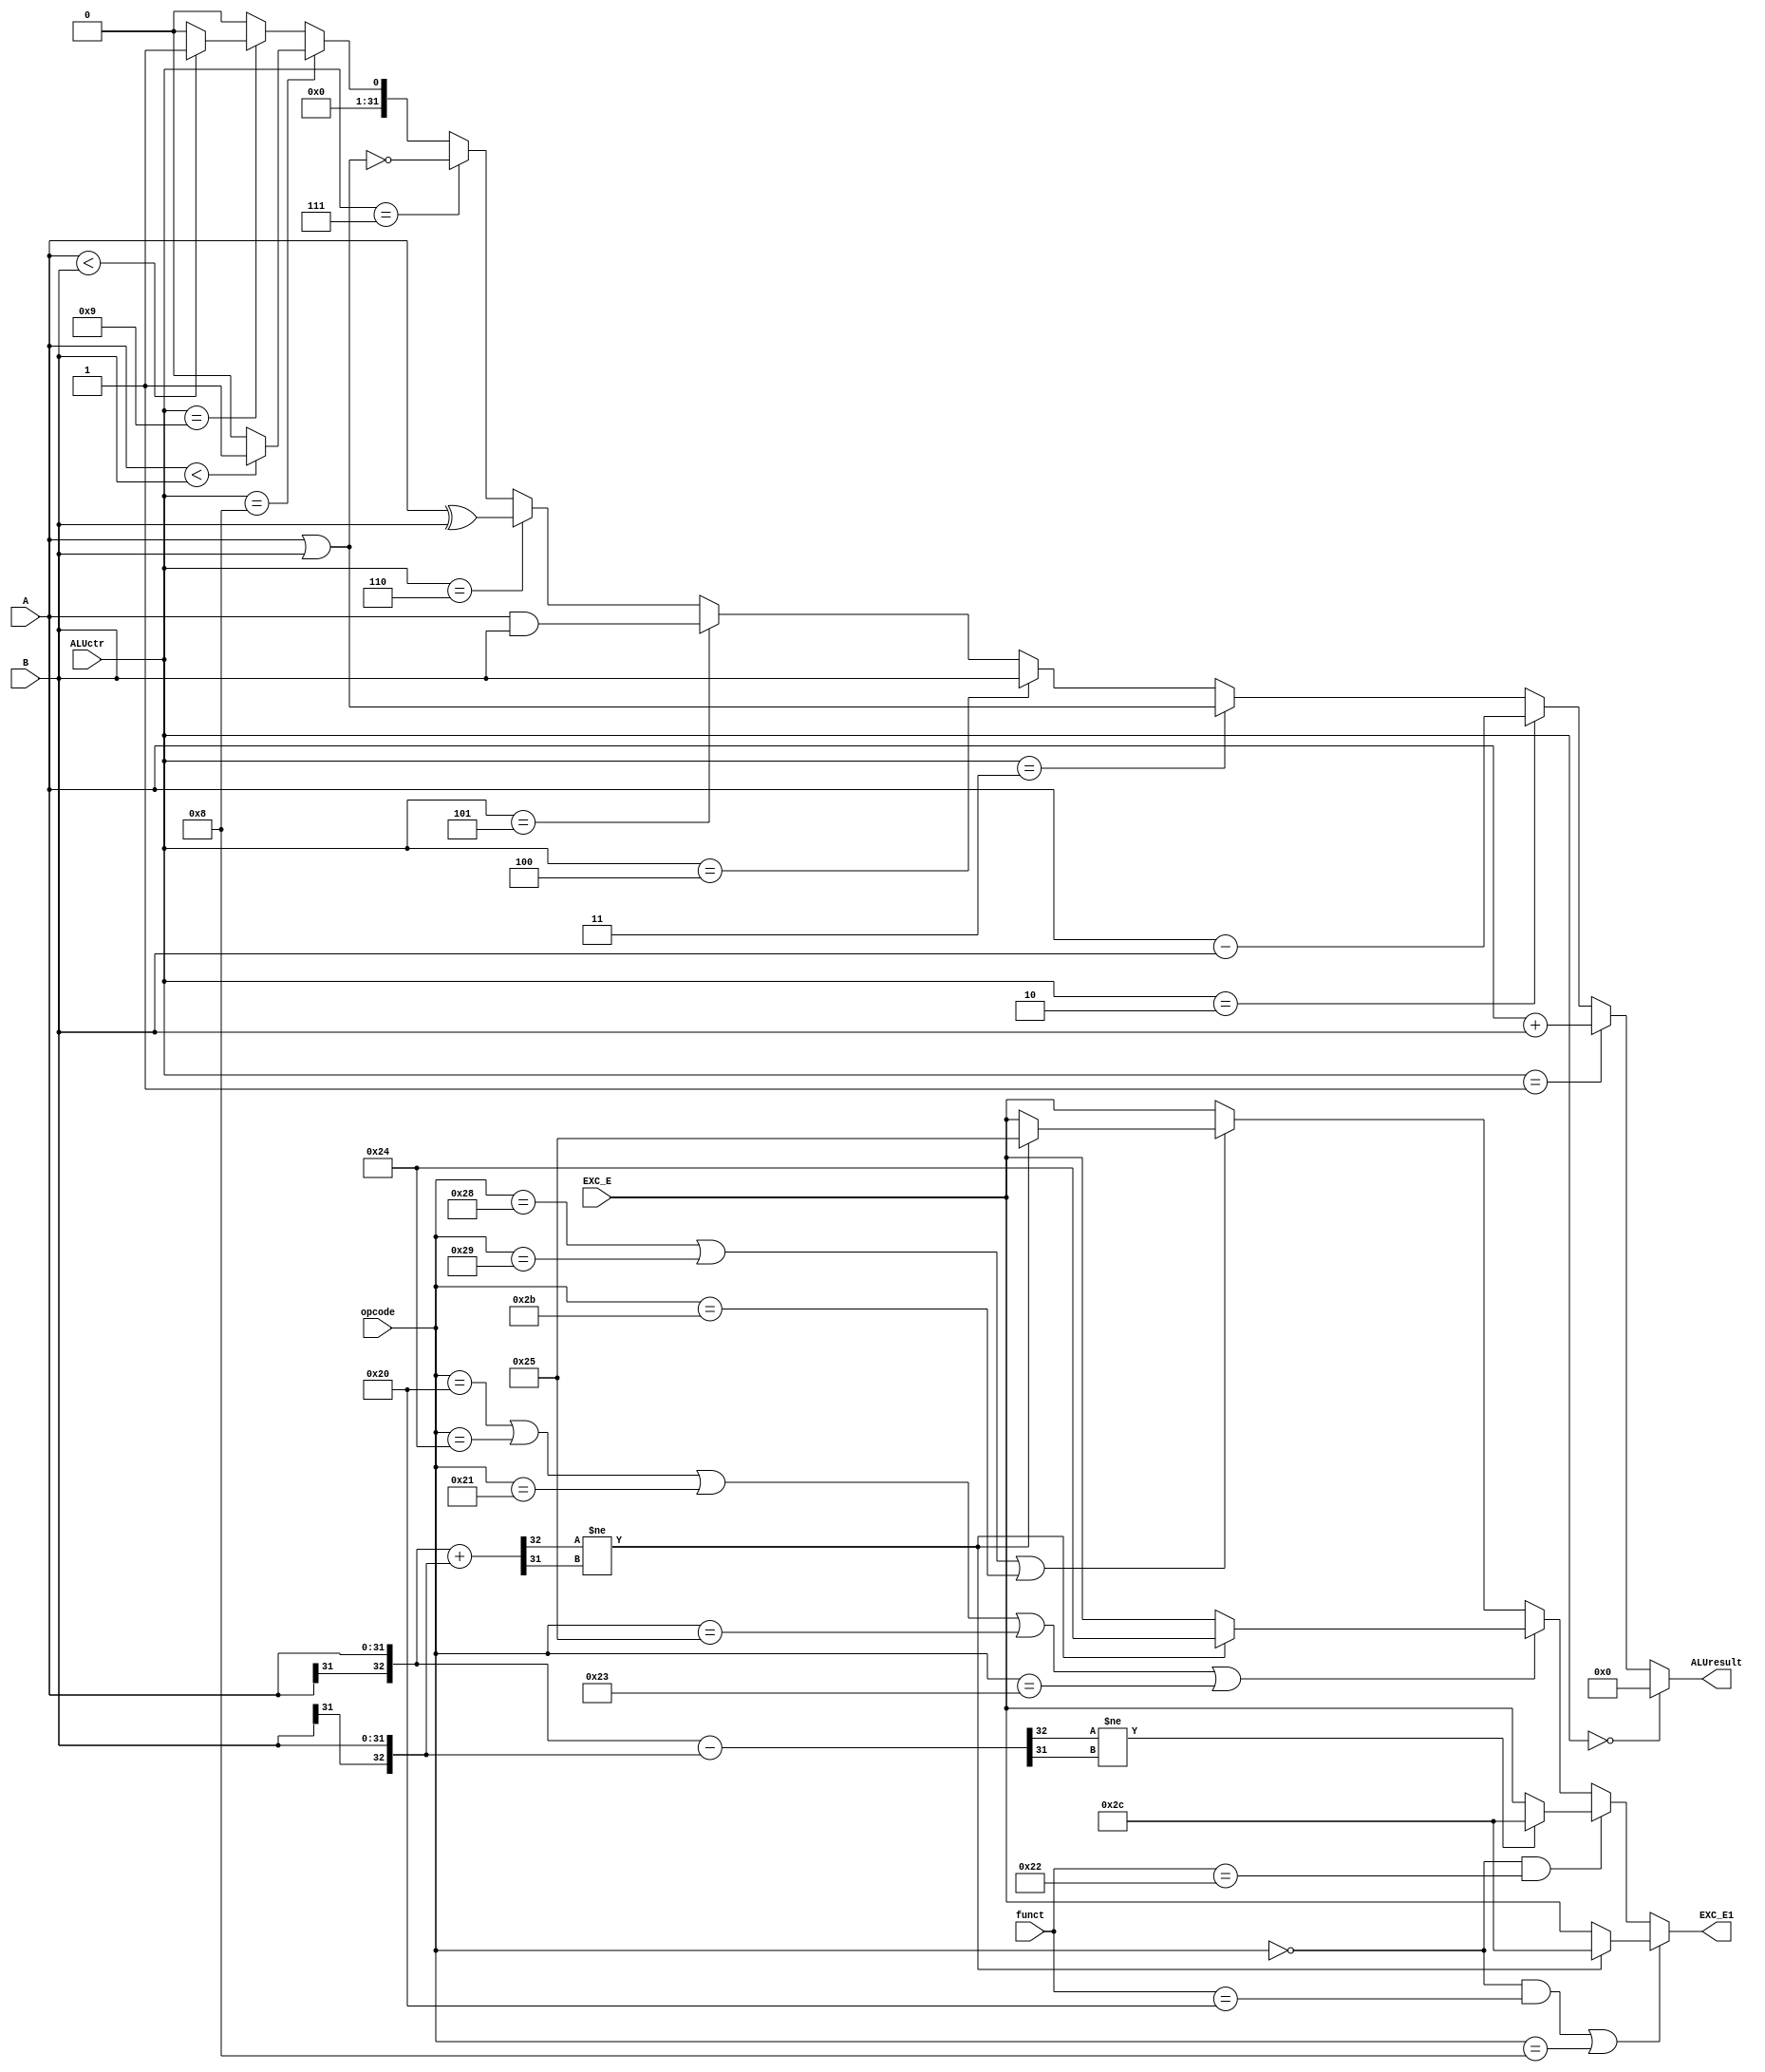
`timescale 1ns / 1ps
//////////////////////////////////////////////////////////////////////////////////
// Company: 
// Engineer: 
// 
// Design Name: 
// Module Name:    ALU 
// Project Name: 
// Target Devices: 
// Tool versions: 
// Description: 
//
// Dependencies: 
//
// Revision: 
// Revision 0.01 - File Created
// Additional Comments: 
//
//////////////////////////////////////////////////////////////////////////////////
module ALU(A,B,ALUctr,ALUresult,opcode,funct,EXC_E,EXC_E1);
	input [31:0] A;
	input [31:0] B;
	input [5:0] funct,opcode;
	input [5:0] EXC_E;
	output reg [5:0] EXC_E1;
	input [3:0] ALUctr;
	output reg [31:0] ALUresult;
	integer i;
	reg [32:0] temp; 
	wire load,store;
	assign load=(opcode==32)|(opcode==36)|(opcode==33)|(opcode==37)|(opcode==35);
	assign store=(opcode==40)|(opcode==41)|(opcode==43);
	always@(*) begin
		if(ALUctr==0) begin
			ALUresult<=0;
		end
		else if(ALUctr==1) ALUresult<=A+B;
		else if(ALUctr==2) ALUresult<=A-B;
		else if(ALUctr==3) ALUresult<=A|B;
		else if(ALUctr==4) ALUresult<=B;
		else if(ALUctr==5) ALUresult<=A&B;
		else if(ALUctr==6) ALUresult<=A^B;
		else if(ALUctr==7) begin
			ALUresult<=~(A|B);
		end
		else if(ALUctr==8) begin
			if($signed(A)<$signed(B)) ALUresult<=1;
			else ALUresult<=0;
		end
		else if(ALUctr==9) begin
			if((A)<(B)) ALUresult<=1;
			else ALUresult<=0;
		end
		else ALUresult<=0;
	end
	always @(*) begin
		if((opcode==0&&funct==32)||opcode==8) begin
			temp={A[31],A[31:0]}+{B[31],B[31:0]};
			if(temp[32]!=temp[31]) begin
				EXC_E1<=6'b1_01100;
			end
			else EXC_E1<=EXC_E;
		end
		else if(opcode==0&&funct==34) begin
			temp={A[31],A[31:0]}-{B[31],B[31:0]};
			if(temp[32]!=temp[31]) begin
				EXC_E1<=6'b1_01100;
			end
			else EXC_E1<=EXC_E;
		end
		else if(load) begin
			temp={A[31],A[31:0]}+{B[31],B[31:0]};
			if(temp[32]!=temp[31]) begin
				EXC_E1<=6'b1_00100;
			end
			else EXC_E1<=EXC_E;
		end
		else if(store) begin
			temp={A[31],A[31:0]}+{B[31],B[31:0]};
			if(temp[32]!=temp[31]) begin
				EXC_E1<=6'b1_00101;
			end
			else EXC_E1<=EXC_E;
		end
		else begin
			EXC_E1<=EXC_E;
		end
	end
endmodule